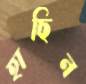
হাছিন